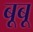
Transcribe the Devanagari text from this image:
बूबू